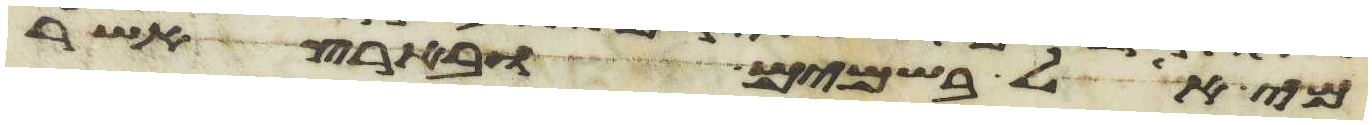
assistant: מי אל בשמים ובארץ אשר